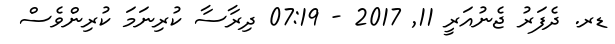
ޑރ. ދެފަރު ޖެނުއަރީ 11